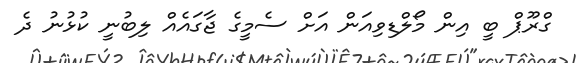
ގްރޫޕް ބީ އިން މޯލްޑިވިއަން އަށް ސެމީގެ ޖާގައެއް ލިބުނީ ކުޅުނު ދެ